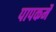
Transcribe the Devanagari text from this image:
पापकर्मे